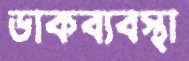
ডাকব্যবস্থা